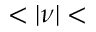
< | \nu | <